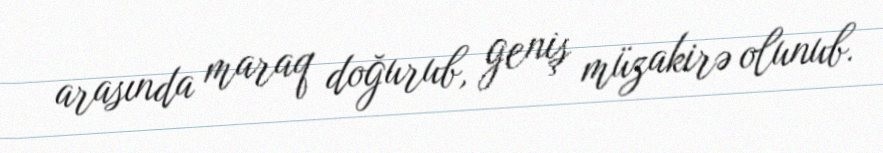
arasında maraq doğurub, geniş müzakirə olunub.